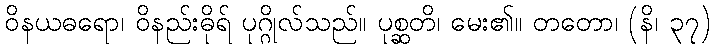
ဝိနယဓရော၊ ဝိနည်းဓိုရ် ပုဂ္ဂိုလ်သည်။ ပုစ္ဆတိ၊ မေး၏။ တတော၊ (နိ၊ ၃၇)